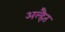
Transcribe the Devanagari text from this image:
अल्हैत